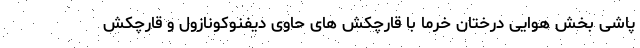
پاشی بخش هوایی درختان خرما با قارچکش های حاوی دیفنوکونازول و قارچکش